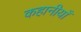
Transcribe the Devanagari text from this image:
कहानीयाँ